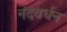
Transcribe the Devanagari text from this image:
नंदवर्धन